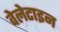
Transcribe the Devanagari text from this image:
वेलेटाइन